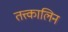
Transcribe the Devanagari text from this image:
तत्त्कालिन